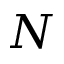
N